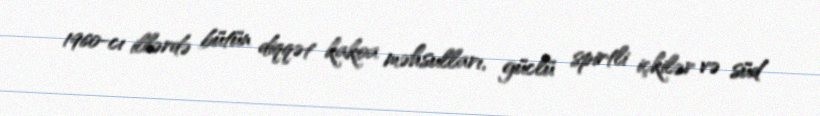
1960-cı illərdə bütün diqqət kakoa məhsulları, güclü spirtli içkilər və süd